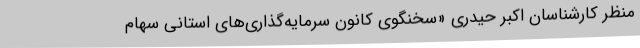
منظر کارشناسان اکبر حیدری «سخنگوی کانون سرمایه‌گذاری‌های استانی سهام